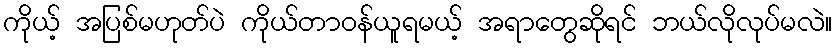
ကိုယ့် အပြစ်မဟုတ်ပဲ ကိုယ်တာဝန်ယူရမယ့် အရာတွေဆိုရင် ဘယ်လိုလုပ်မလဲ။